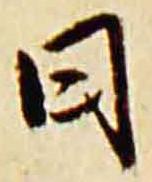
日